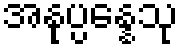
အနုပ္ပန္နေသု